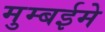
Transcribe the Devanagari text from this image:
मुम्बईमे